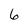
Character: 6